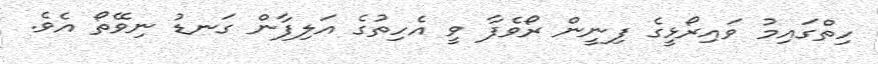
ހިތްގައިމު ވައިރޯޅީގެ ފިނީން ރޯވެފާ ވީ އެހިތުގެ އަލިފާން ގަނޑު ނިވޭތޯ އެވެ.